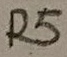
Text: R5